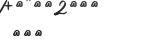
١٢١